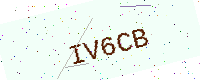
Text: IV6CB